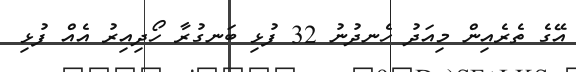
އޭގެ ތެރެއިން މިއަދު ހެނދުނު 32 ފުޅި ބަނގުރާ ހޯދިއިރު އެއް ފުޅި